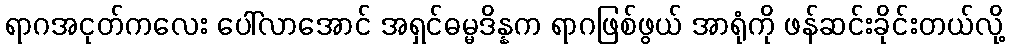
ရာဂအငုတ်ကလေး ပေါ်လာအောင် အရှင်ဓမ္မဒိန္နက ရာဂဖြစ်ဖွယ် အာရုံကို ဖန်ဆင်းခိုင်းတယ်လို့